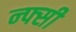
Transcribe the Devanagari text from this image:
न्फ्सी